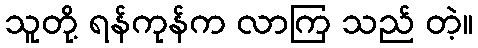
သူတို့ ရန်ကုန်က လာကြ သည် တဲ့။